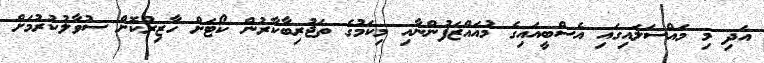
އަދި މި މައްސަލައިގައި އެސްބީއައިގެ މުއައްޒަފުންނާއި މިކަމުގެ ތަޖުރިބާކާރުން ކޯޓަށް ހާޒިރުކޮށް ސުވާލުކުރުމަށް